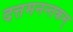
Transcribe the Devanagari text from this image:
दत्तमनन्तकम्